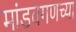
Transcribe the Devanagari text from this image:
मांडवगणच्या